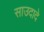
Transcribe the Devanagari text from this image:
साउदादे